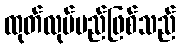
ထုတ်လုပ်မည်ဖြစ်သည်